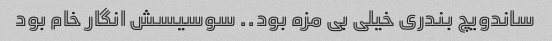
ساندویچ بندری خیلی بی مزه بود.. سوسیسش انگار خام بود